Indian journal of veterinary science and animal husbandry - Volume 7,
Year: 1937
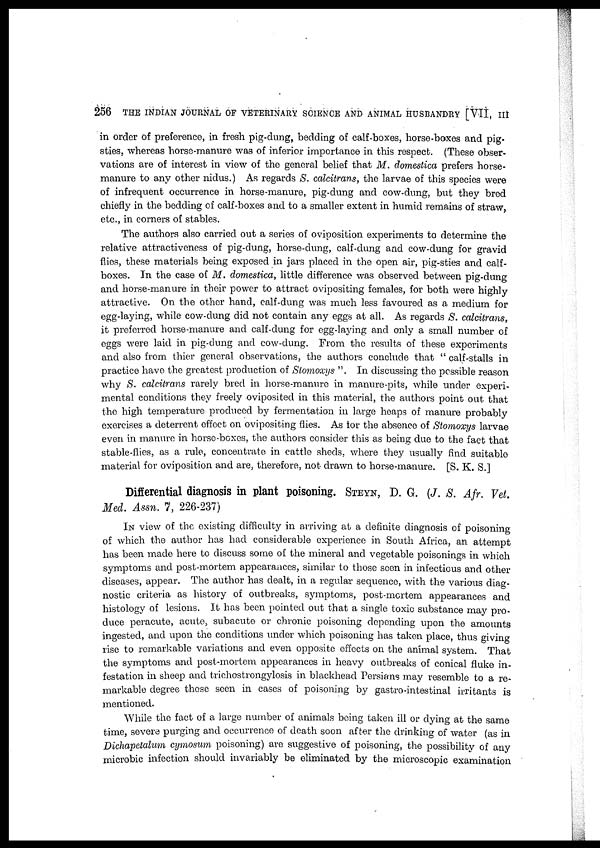
256 THE INDIAN JOURNAL OF VETERINARY SCIENCE AND ANIMAL HUSBANDRY [VII, III
in order of preference, in fresh pig-dung, bedding of calf-boxes, horse-boxes and pig-
sties, whereas horse-manure was of inferior importance in this respect. (These obser-
vations are of interest in view of the general belief that M. domestica prefers horse-
manure to any other nidus.) As regards S. calcitrans, the larvae of this species were
of infrequent occurrence in horse-manure, pig-dung and cow-dung, but they bred
chiefly in the bedding of calf-boxes and to a smaller extent in humid remains of straw,
etc., in corners of stables.
The authors also carried out a series of oviposition experiments to determine the
relative attractiveness of pig-dung, horse-dung, calf-dung and cow-dung for gravid
flies, these materials being exposed in jars placed in the open air, pig-sties and calf¬
boxes. In the case of M. domestica, little difference was observed between pig-dung
and horse-manure in their power to attract ovipositing females, for both were highly
attractive. On the other hand, calf-dung was much less favoured as a medium for
egg-laying, while cow-dung did not contain any eggs at all. As regards S. calcitrans,
it preferred horse-manure and calf-dung for egg-laying and only a small number of
eggs were laid in pig-dung and cow-dung. From the results of these experiments
and also from thier general observations, the authors conclude that " calf-stalls in
practice have the greatest production of Stomoxys ". In discussing the possible reason
why S. calcitrans rarely bred in horse-manure in manure-pits, while under experi-
mental conditions they freely oviposited in this material, the authors point out that
the high temperature produced by fermentation in large heaps of manure probably
exercises a deterrent effect on ovipositing flies. As for the absence of Stomoxys larvae
even in manure in horse-boxes, the authors consider this as being due to the fact that
stable-flies, as a rule, concentrate in cattle sheds, where they usually find suitable
material for oviposition and are, therefore, not drawn to horse-manure. [S. K. S.]
Differential diagnosis in plant poisoning. STEYN, D. G. (J. S. Afr. Vet.
Med. Assn. 7, 226-237)
IN view of the existing difficulty in arriving at a definite diagnosis of poisoning
of which the author has had considerable experience in South Africa, an attempt
has been made here to discuss some of the mineral and vegetable poisonings in which
symptoms and post-mortem appearances, similar to those seen in infectious and other
diseases, appear. The author has dealt, in a regular sequence, with the various diag-
nostic criteria as history of outbreaks, symptoms, post-mortem appearances and
histology of lesions. It has been pointed out that a single toxic substance may pro-
duce peracute, acute, subacute or chronic poisoning depending upon the amounts
ingested, and upon the conditions under which poisoning has taken place, thus giving
rise to remarkable variations and even opposite effects on the animal system. That
the symptoms and post-mortem appearances in heavy outbreaks of conical fluke in-
festation in sheep and trichostrongylosis in blackhead Persians may resemble to a re-
markable degree those seen in cases of poisoning by gastro-intestinal irritants is
mentioned.
While the fact of a large number of animals being taken ill or dying at the same
time, severe purging and occurrence of death soon after the drinking of water (as in
Dichapetalum cymosum poisoning) are suggestive of poisoning, the possibility of any
microbic infection should invariably be eliminated by the microscopic examination